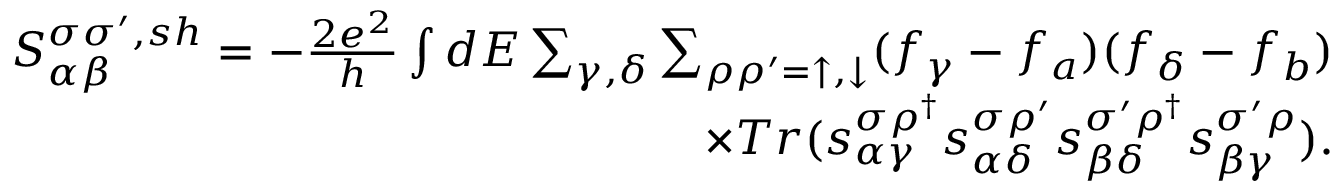
\begin{array} { r } { { S _ { \alpha \beta } ^ { \sigma \sigma ^ { \prime } , s h } } = - \frac { 2 e ^ { 2 } } { h } \int d E \sum _ { \gamma , \delta } \sum _ { \rho \rho ^ { \prime } = \uparrow , \downarrow } ( f _ { \gamma } - f _ { a } ) ( f _ { \delta } - f _ { b } ) } \\ { \times T r ( s _ { \alpha \gamma } ^ { \sigma \rho ^ { \dagger } } s _ { \alpha \delta } ^ { \sigma \rho ^ { \prime } } s _ { \beta \delta } ^ { \sigma ^ { \prime } \rho ^ { \dagger } } s _ { \beta \gamma } ^ { \sigma ^ { \prime } \rho } ) . } \end{array}